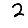
Digit: 2